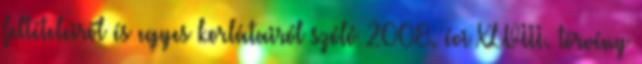
feltételeiről és egyes korlátairól szóló 2008. évi XLVIII. törvény